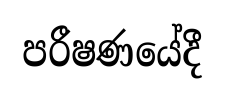
පරීෂණයේදී